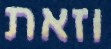
וזאת